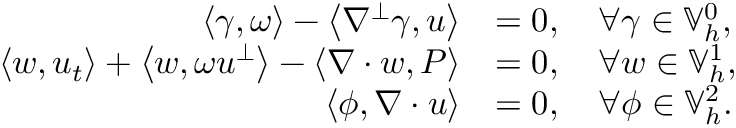
\begin{array} { r l } { \left\langle \gamma , \omega \right\rangle - \left\langle \nabla ^ { \perp } \gamma , u \right\rangle } & { = 0 , \quad \forall \gamma \in \mathbb { V } _ { h } ^ { 0 } , } \\ { \left\langle w , u _ { t } \right\rangle + \left\langle w , \omega u ^ { \perp } \right\rangle - \left\langle \nabla \cdot w , P \right\rangle } & { = 0 , \quad \forall w \in \mathbb { V } _ { h } ^ { 1 } , } \\ { \left\langle \phi , \nabla \cdot u \right\rangle } & { = 0 , \quad \forall \phi \in \mathbb { V } _ { h } ^ { 2 } . } \end{array}